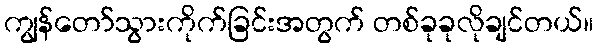
ကျွန်တော်သွားကိုက်ခြင်းအတွက် တစ်ခုခုလိုချင်တယ်။